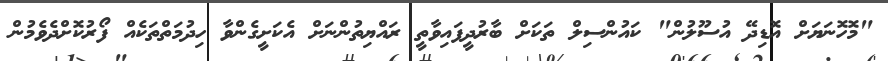
"މޮހޮނަޔަށް އޮޑިދޭ އުސޫލުން" ކައުންސިލް ތަކަށް ބާރުދީފައިވާތީ ރައްޔިތުންނަށް އެކަށީގެންވާ ހިދުމަތްތަކެއް ފޯރުކޮށްދެވެމުން